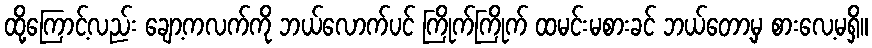
ထို့ကြောင့်လည်း ချော့ကလက်ကို ဘယ်လောက်ပင် ကြိုက်ကြိုက် ထမင်းမစားခင် ဘယ်တော့မှ စားလေ့မရှိ။